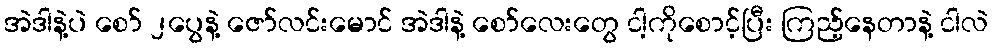
အဲဒါနဲ့ပဲ စော် ၂ပွေနဲ့ ဇော်လင်းမောင် အဲဒါနဲ့ စော်လေးတွေ ငါ့ကိုစောင့်ပြီး ကြည့်နေတာနဲ့ ငါလဲ